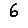
Digit: 6